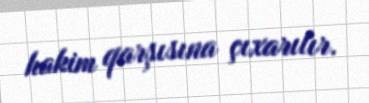
hakim qarşısına çıxarılır.